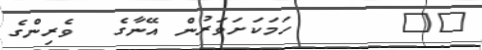
١٣      ހަމަކަށަވަރުން އޭނާގެ  ވެރިންގެ